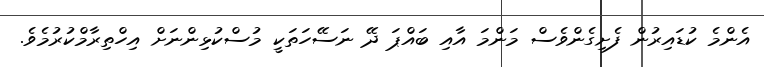
އެންމެ ކުޑައިރުން ފެށިގެންވެސް މަންމަ އާއި ބައްޕަ ދޭ ނަސޭހަތަކީ މުސްކުޅިންނަށް އިހްތިރާމްކުރުމެވެ.